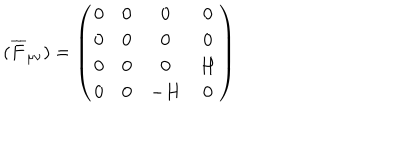
( \overline { { { F } } } _ { \mu \nu } ) = \left( \begin{array} { c c c c } { { 0 } } & { { 0 } } & { { 0 } } & { { 0 } } \\ { { 0 } } & { { 0 } } & { { 0 } } & { { 0 } } \\ { { 0 } } & { { 0 } } & { { 0 } } & { { H } } \\ { { 0 } } & { { 0 } } & { { - H } } & { { 0 } } \\ \end{array} \right)